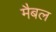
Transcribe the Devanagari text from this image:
मैबल